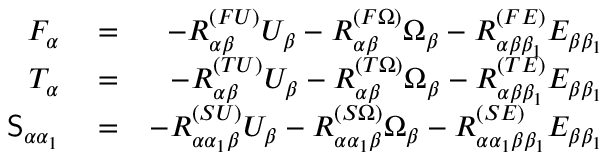
\begin{array} { r l r } { F _ { \alpha } } & { { } = } & { - { R } _ { \alpha \beta } ^ { ( F U ) } U _ { \beta } - { R } _ { \alpha \beta } ^ { ( F \Omega ) } \Omega _ { \beta } - { R } _ { \alpha \beta \beta _ { 1 } } ^ { ( F E ) } E _ { \beta \beta _ { 1 } } } \\ { T _ { \alpha } } & { { } = } & { - { R } _ { \alpha \beta } ^ { ( T U ) } U _ { \beta } - { R } _ { \alpha \beta } ^ { ( T \Omega ) } \Omega _ { \beta } - { R } _ { \alpha \beta \beta _ { 1 } } ^ { ( T E ) } E _ { \beta \beta _ { 1 } } } \\ { \mathsf { S } _ { \alpha \alpha _ { 1 } } } & { { } = } & { - { R } _ { \alpha \alpha _ { 1 } \beta } ^ { ( S U ) } U _ { \beta } - { R } _ { \alpha \alpha _ { 1 } \beta } ^ { ( S \Omega ) } \Omega _ { \beta } - { R } _ { \alpha \alpha _ { 1 } \beta \beta _ { 1 } } ^ { ( S E ) } E _ { \beta \beta _ { 1 } } } \end{array}